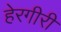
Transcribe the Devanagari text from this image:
हेरगीरी